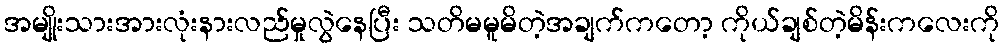
အမျိုးသားအားလုံးနားလည်မှုလွဲနေပြီး သတိမမူမိတဲ့အချက်ကတော့ ကိုယ်ချစ်တဲ့မိန်းကလေးကို